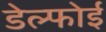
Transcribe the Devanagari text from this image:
डेल्फोई